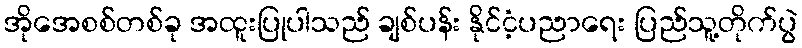
အိုအေစစ်တစ်ခု အထူးပြုပါသည် ချစ်ပန်း နိုင်ငံ့ပညာရေး ပြည်သူ့တိုက်ပွဲ